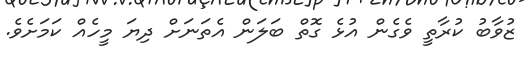
ޒުވާބު ކުރާތީ ވެގެން އުޅެ ގޮތް ބަލަން އެތަނަށް ދިޔަ މީހެއް ކަމަށެވެ.